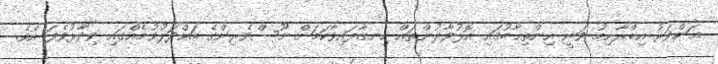
އަންވަރު އިބްރާހިމު ވަނީ އިންތިޚާބުގައި އޮޅުވާލުންތައް ހިނގާފައިވާކަމަށް ނޫސްވެރިންގެ ބައްދަލުވުމެއްގައި ވިދާޅުވެފަ އެވެ.